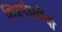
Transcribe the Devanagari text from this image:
मित्रमंडळींची